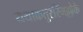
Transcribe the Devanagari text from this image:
यथाक्रतुरस्मिँल्लोके